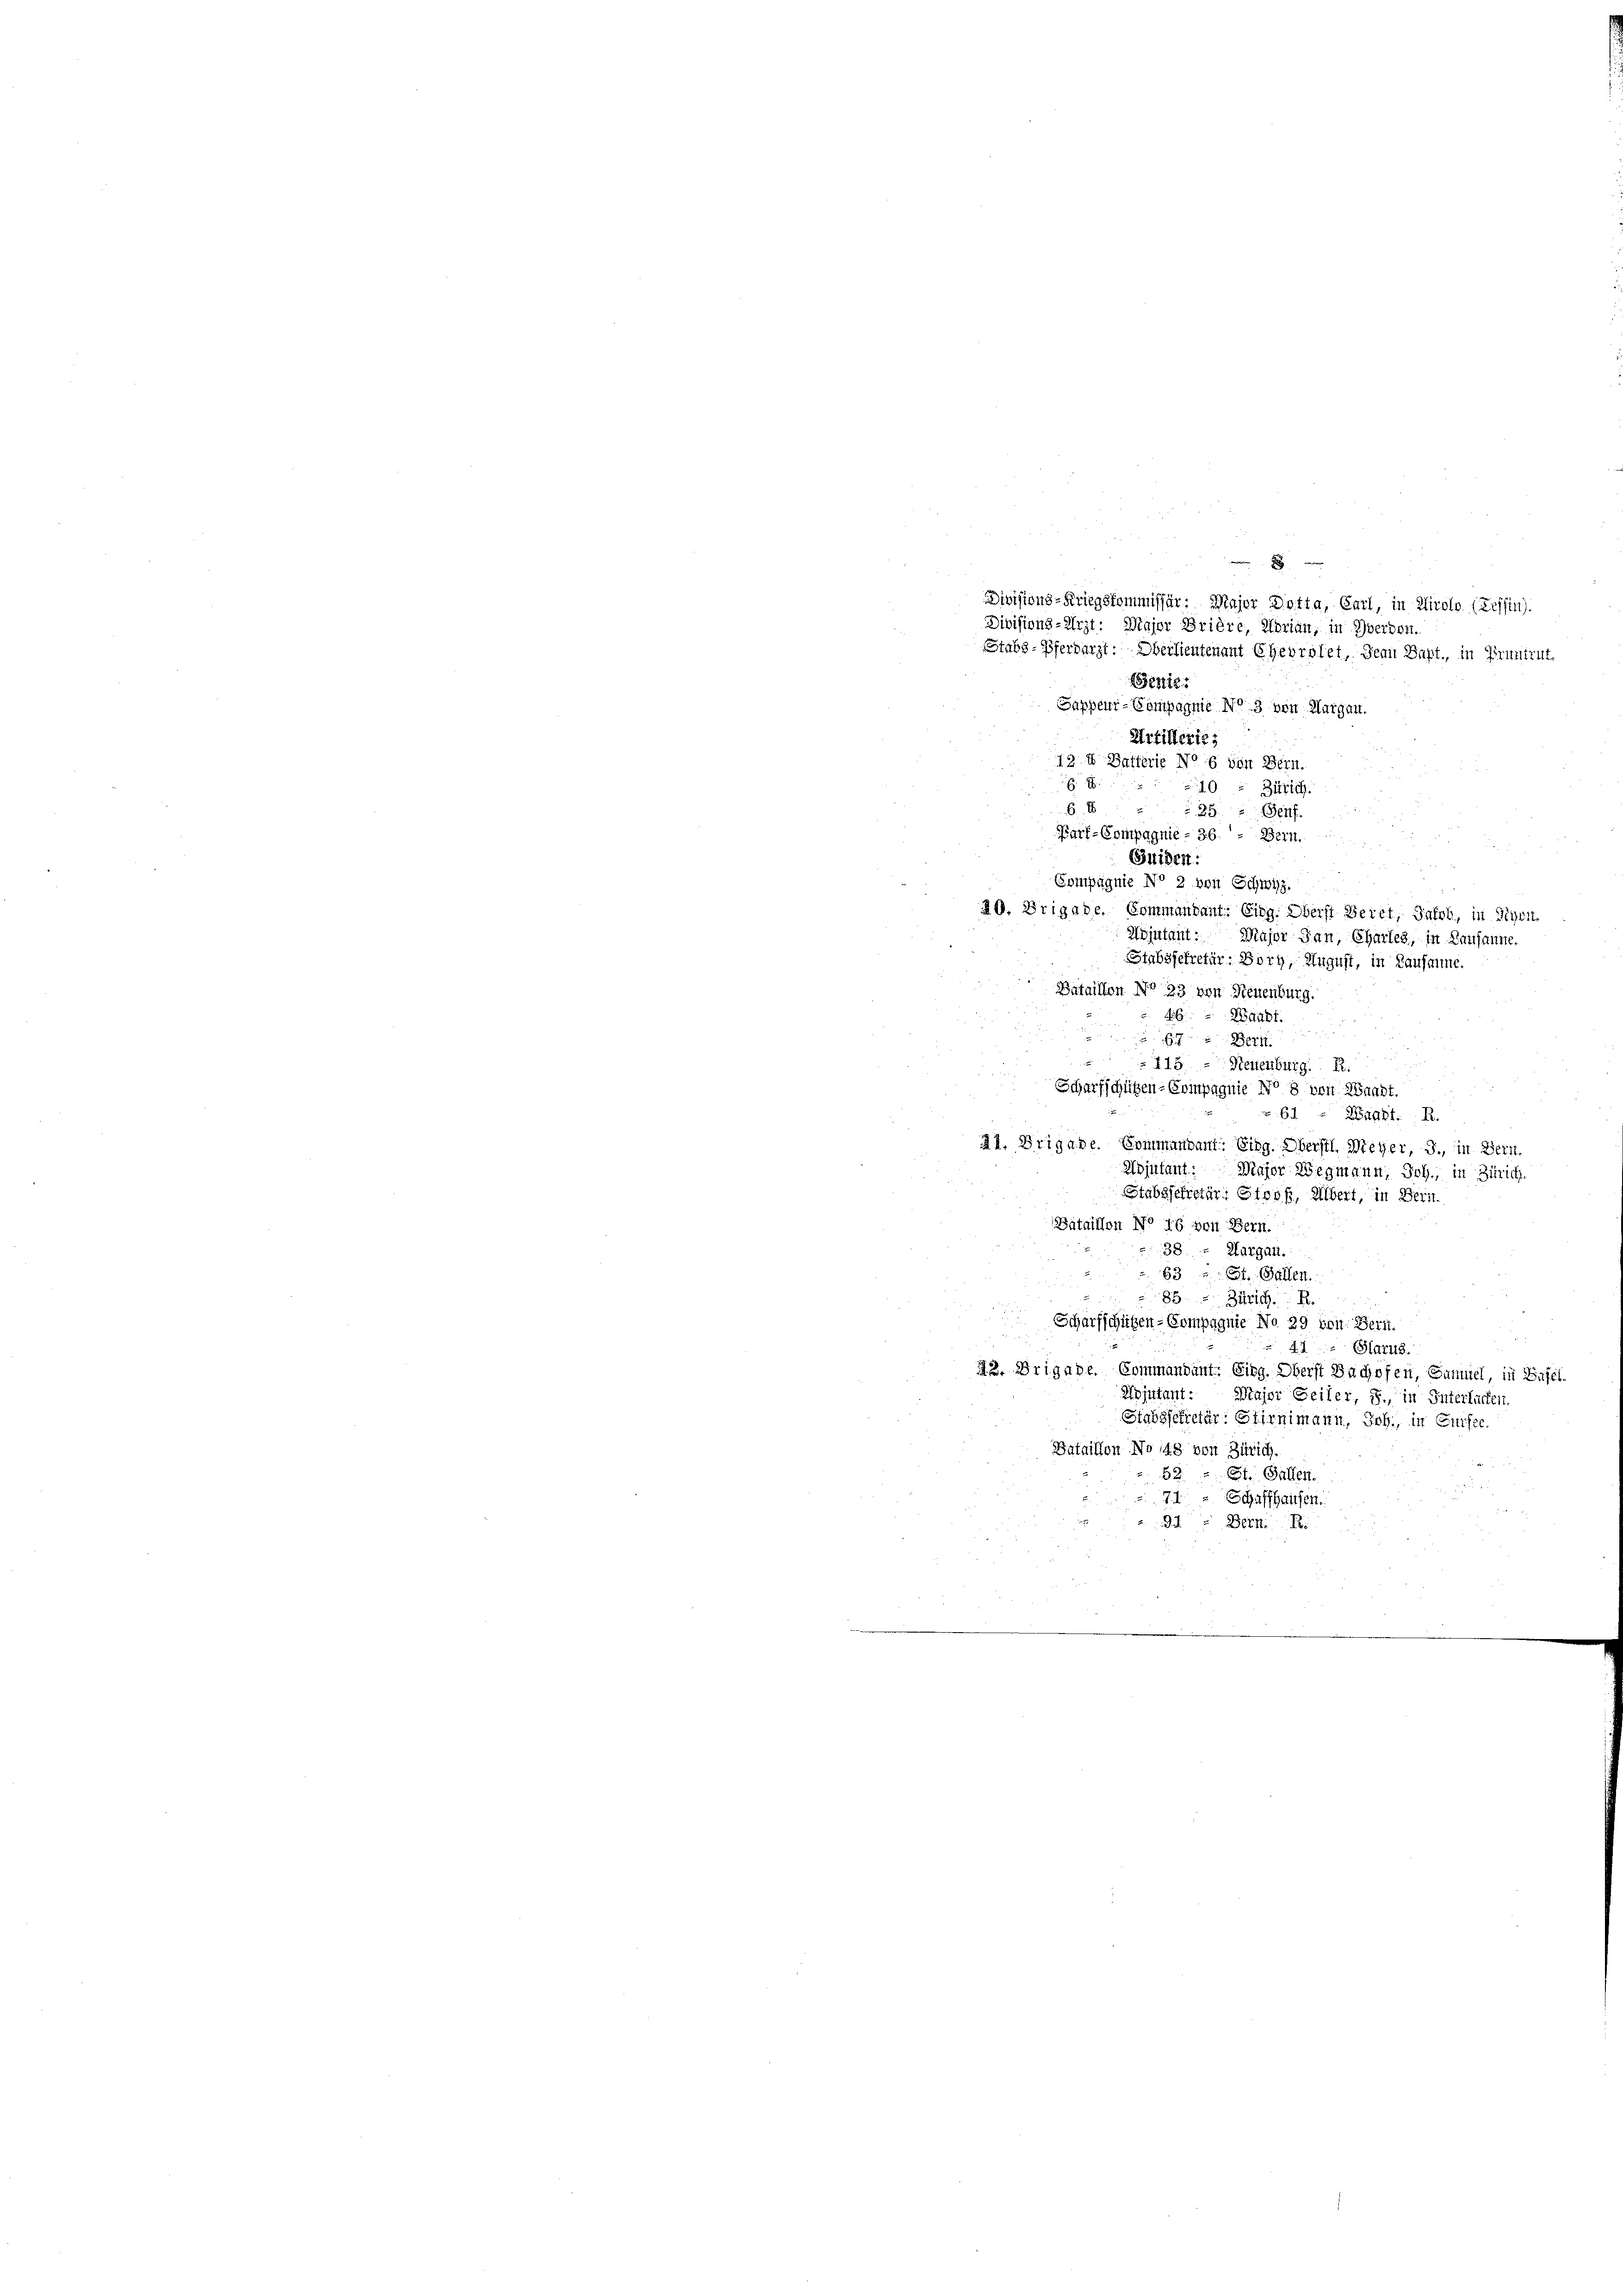
Divisions-Kriegskommissär: Major Dotta, Carl, in Airolo (Tessin.
Divisions-Arzt: Major Brière, Marian, in Zwerden.
Stabs-Pferdarzt: Oberlieutenant Eheorolet, den Bapt., in Pruntrut
Sentis
Sappeur-Compagnie No. 3 von Margau.
Artillerie,
12 u Gatterie No 6 von Bern.

10 " Zürich.
6 x
 26. Genf.
Karf-Compagnie - 36. — Bern.
Suiden:
Compagnie No 2 von Schwyz.
20. Brigabe. Commandant: Eing. Oberst Beret, Jahrh, in Eigen
Wojutant
Major Jan, Charles, in Lausanne.
Stabssekretär: Borg, August, in Lausanne.
Bataillon No 23 von Neuenburg.
Waadt.
A
 Bern
 213 - Neuenburg. 12.
Schürfschützen-Compagnie No 8 von Knadt.
64 " Waadt: R.
Af. Brigade. Kommandant: Eidg. Oberstl. Meyer, J., in Bern.
Wojutant: Major Wegmann, Joh., in Zürich
Stabssekretär: Stoos, Übert, in Bein
Bataillon No 16 von Bern.
38. — Aargau.
63 - St. Gallen.
85 - Zürich. R.
Scharfschützen-Compagnie No 29 von Bern.
41 Glarus.
22. Brigade. Commandant: Eing. Oberst Bachofen, Sammel, in Basel
Epiutant: Major Seiler, J., in Interlachen.
Stabssekretär: Stirnimann, Joh., in Cursee
Bataillon No 148 von Zürich.
52.
St. Gallen.
71.  Schaffhausen.
3 Bett.

2